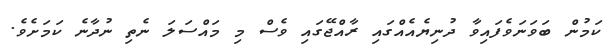
ކަމުން ބަވަނަވެފައިވާ ދުނިޔެއެއްގައި ރާއްޖޭގައި ވެސް މި މައްސަލަ ނެތި ނުދާނެ ކަަމަށެވެ.